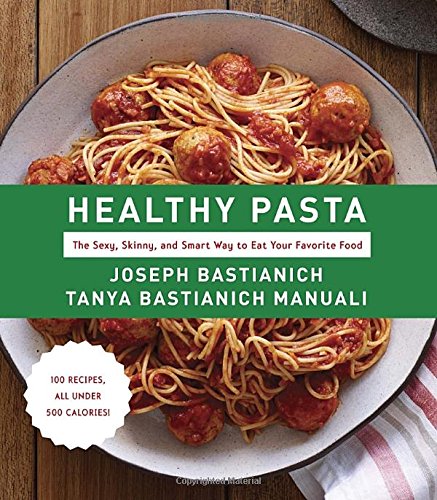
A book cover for Healthy Pasta: The Sexy, Skinny, and Smart Way to Eat Your Favorite Food; Joseph Bastianich; Cookbooks, Food & Wine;